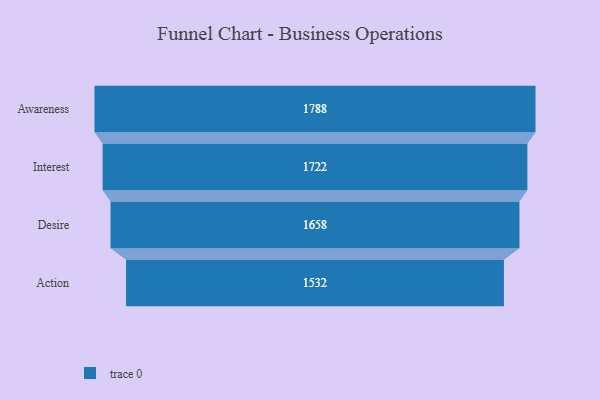
{"axis": {"x": "Stage", "y": "Value"}, "legend": [""], "data": [{"x": "Awareness", "y": 1788.0, "type": ""}, {"x": "Interest", "y": 1722.0, "type": ""}, {"x": "Desire", "y": 1658.0, "type": ""}, {"x": "Action", "y": 1532.0, "type": ""}]}